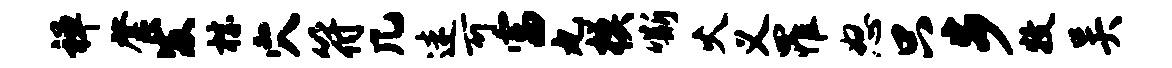
禅綮发棕穴符几迷可富丸模嘶火义罹怒只步牧吴